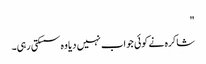
"
شاکرہ نے کوئی جواب نہیں دیا وہ سسکتی رہی۔